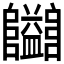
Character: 𱁄